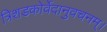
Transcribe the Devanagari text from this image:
त्रिशडकोर्वेदानुवचनम्।